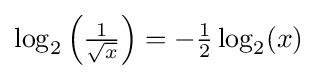
{\textstyle \log _{2}\left({\frac {1}{\sqrt {x}}}\right)=-{\frac {1}{2}}\log _{2}(x)}